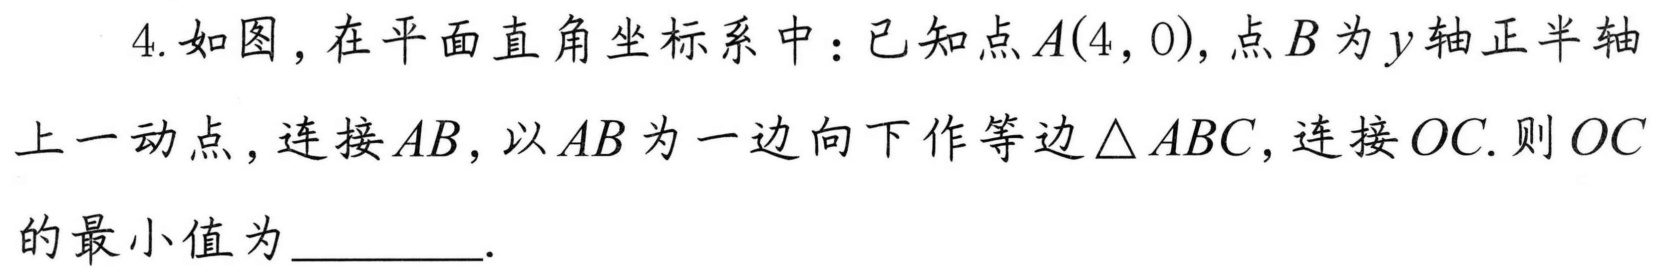
4. 如图，在平面直角坐标系中：已知点\(A(4,0)\)，点\(B\)为\(y\)轴正半轴上一动点，连接\(AB\)，以\(AB\)为一边向下作等边\(\triangle ABC\)，连接\(OC\). 则\(OC\)的最小值为________.